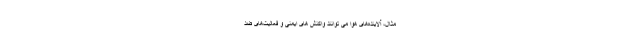
مثال، آلاینده‌های هوا می توانند واکنش ‌های ایمنی و فعالیت‌های ضد